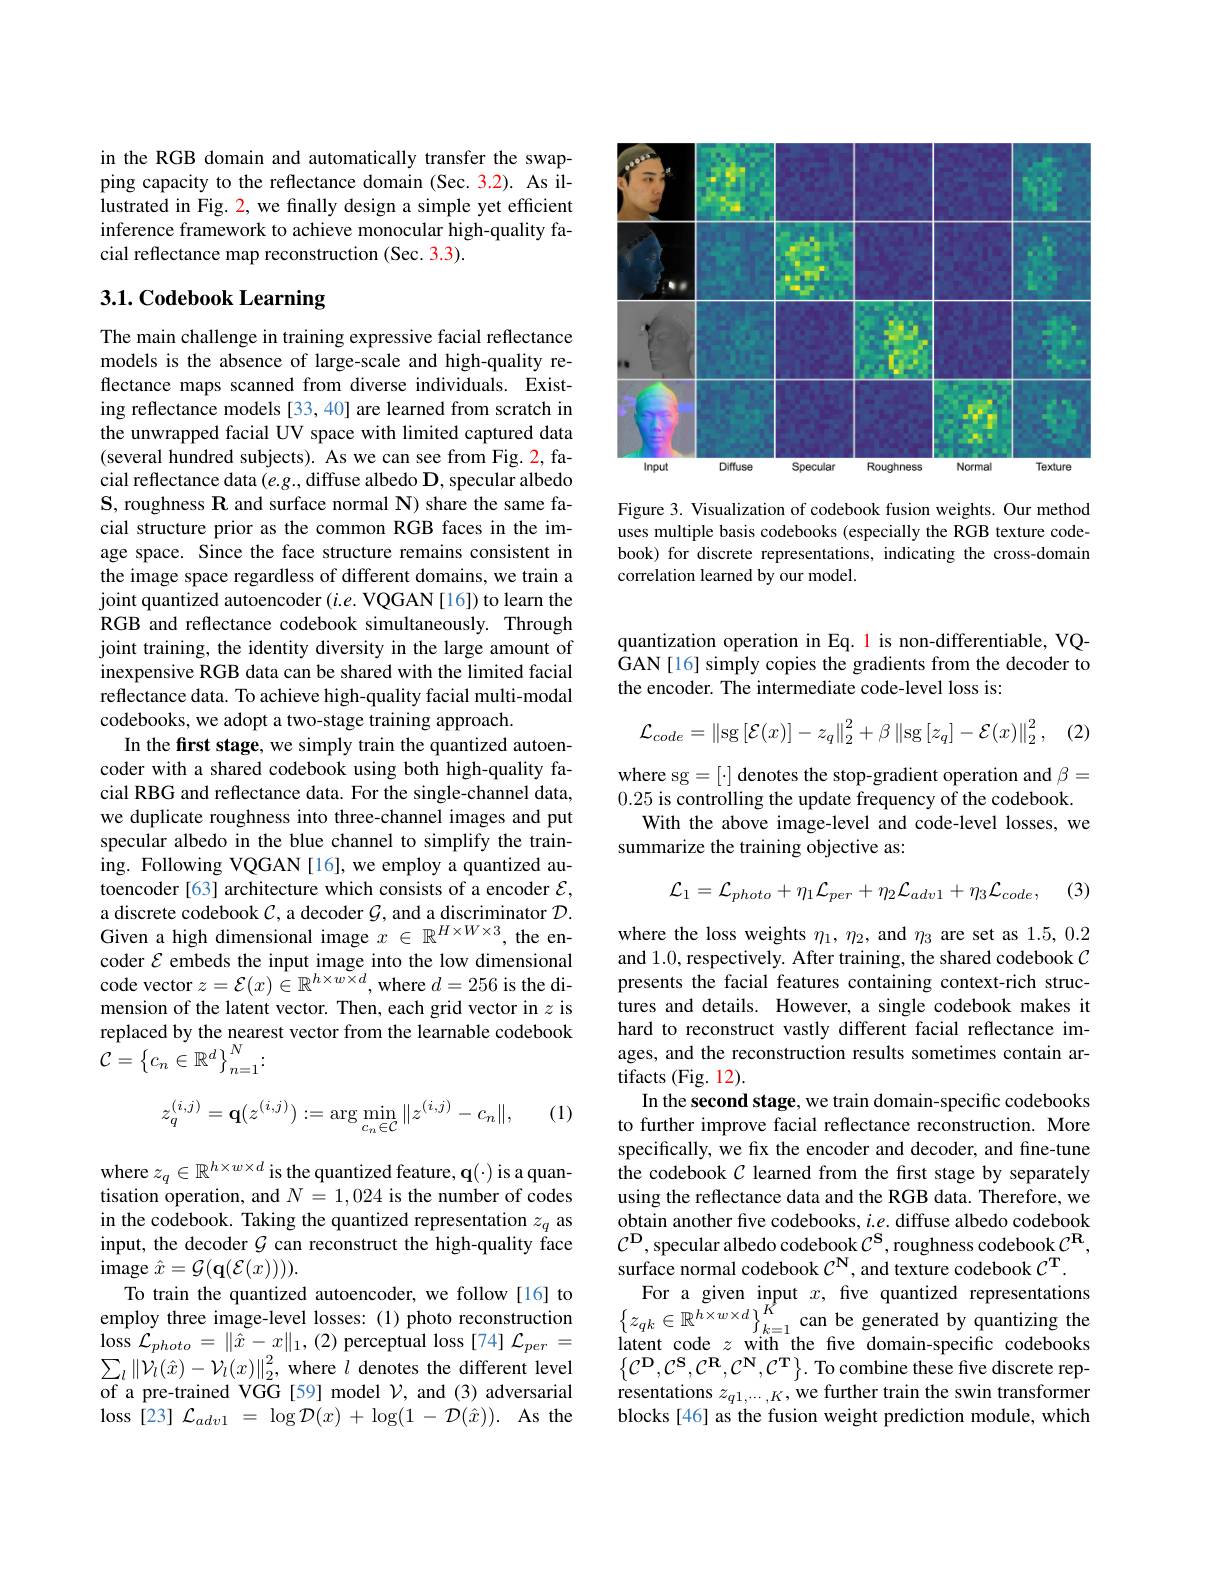
in the RGB domain and automatically transfer the swapping capacity to the reflectance domain (Sec. 3.2). As illustrated in Fig. 2, we finally design a simple yet efficient inference framework to achieve monocular high-quality facial reflectance map reconstruction (Sec. 3.3).

# 3.1. Codebook Learning

The main challenge in training expressive facial reflectance models is the absence of large-scale and high-quality reflectance maps scanned from diverse individuals. Existing reflectance models [33,40] are learned from scratch in the unwrapped facial UV space with limited captured data (several hundred subjects). As we can see from Fig. 2, facial reflectance data $(e.g.$, diffuse albedo D, specular albedo $\mathbf{S}$, roughness R and surface normal N) share the same facial structure prior as the common RGB faces in the image space. Since the face structure remains consistent in the image space regardless of different domains, we train a joint quantized autoencoder $(i.e.$ VQGAN [16]) to learn the RGB and reflectance codebook simultaneously. Through joint training, the identity diversity in the large amount of inexpensive RGB data can be shared with the limited facial reflectance data. To achieve high-quality facial multi-modal codebooks, we adopt a two-stage training approach.
In the first stage, we simply train the quantized autoencoder with a shared codebook using both high-quality facial RBG and reflectance data. For the single-channel data, we duplicate roughness into three-channel images and put specular albedo in the blue channel to simplify the training. Following VQGAN[16], we employ a quantized autoencoder [63] architecture which consists of a encoder $\mathcal{E}$, a discrete codebook $\mathcal{C}$, a decoder $\mathcal{G}$, and a discriminator $\mathcal{D}.$ Given a high dimensional image $x\in\mathbb{R}^{H\times W\times3}$, the encoder $\mathcal{E}$ embeds the input image into the low dimensional code vector $z=\mathcal{E}(x)\in\mathbb{R}^{h\times w\times d}$, where $d=256$ is the dimension of the latent vector. Then, each grid vector in $z$ is replaced by the nearest vector from the learnable codebook ${\mathcal{C}}=\left\{c_{n}\in\mathbb{R}^{d}\right\}_{n=1}^{N}.$
$$z_q^{(i,j)}=\mathbf{q}(z^{(i,j)}):=\arg\min_{c_n\in\mathcal{C}}\|z^{(i,j)}-c_n\|,$$
(1)

where $z_q\in\mathbb{R}^{h\times w\times d}$ is the quantized feature, q(·) is a quantisation $^{\mathrm{q}}$operation, and $N=1,024$ is the number of codes in the codebook. Taking the quantized representation $z_q$ as input, the decoder $G$ can reconstruct the high-quality face ${\mathrm{image~}\hat{x} }= {\mathcal{G} }( \mathbf{q} ( {\mathcal{E} }( x) ) ) ) .$
To train the quantized autoencoder, we follow[16] to employ three image-level losses:(1) photo reconstruction $\operatorname* { loss}$ ${\mathcal{L} }_{photo}= \| \hat{x} - x\| _{1}, ( 2)$ perceptual loss[74] ${\mathcal{L} }_{per}=$ $\sum_{l}\|\dot{\mathcal{V}}_{l}(\hat{x})-\mathcal{V}_{l}(x)\|_{2}^{2}$, where $l$ denotes the different level of a pre-trained VGG [59] model $\mathcal{V}$, and (3) adversarial $\operatorname { loss} \left [ 23\right ] \mathcal{L} _{adv1}$ = $\log \mathcal{D} ( x)$ + $\log ( 1$ - $\mathcal{D} ( \hat{x} ) ) .$ As the

<FigureHere>

Figure 3. Visualization of codebook fusion weights. Our method uses multiple basis codebooks (especially the RGB texture codebook) for discrete representations, indicating the cross-domain correlation learned by our model.

quantization operation in Eq. 1 is non-differentiable, VQGAN[16] simply copies the gradients from the decoder to the encoder. The intermediate code-level loss is:
$$\mathcal{L}_{code}=\left\|\mathrm{sg}\left[\mathcal{E}(x)\right]-z_{q}\right\|_{2}^{2}+\beta\left\|\mathrm{sg}\left[z_{q}\right]-\mathcal{E}(x)\right\|_{2}^{2},$$
(2)

where sg $=[\cdot]$ denotes the stop-gradient operation and $\beta=$
0.25 is controlling the update frequency of the codebook.
With the above image-level and code-level losses, we
summarize the training objective as:
$$\mathcal{L}_{1}=\mathcal{L}_{photo}+\eta_{1}\mathcal{L}_{per}+\eta_{2}\mathcal{L}_{adv1}+\eta_{3}\mathcal{L}_{code},$$
(3)

where the loss weights $\eta_1,\eta_2$, and $\eta_3$ are set as 1.5, 0.2 and 1.0, respectively. After training, the shared codebook $\mathcal{C}$ presents the facial features containing context-rich structures and details. However, a single codebook makes it hard to reconstruct vastly different facial reflectance images, and the reconstruction results sometimes contain artifacts (Fig. 12)
In the second stage, we train domain-specific codebooks to further improve facial reflectance reconstruction. More specifically, we fix the encoder and decoder, and fine-tune the codebook $C$ learned from the first stage by separately using the reflectance data and the RGB data. Therefore, we obtain another five codebooks, $i.e.$ diffuse albedo codebook $\mathcal{C}^{\mathrm{D}}$,specular albedo codebook $\mathcal{C}^\mathrm{S}$, roughness codebook $\mathcal{C}^\mathrm{R}$, surface normal codebook $\mathcal{C}^\mathbf{N}$, and texture codebook $\mathcal{C}^\mathbf{T}.$
For a given input $x$, fve quantized representations $\left\{z_{qk}\in\mathbb{R}^{h\times w\times d}\right\}_{k=1}^{R^{l}}$can be generated by quantizing the latent code $z$ with the five domain-specific codebooks $\{\mathcal{C}^{\mathrm{D}},\mathcal{C}^{\mathrm{S}},\mathcal{C}^{\mathrm{R}},\mathcal{C}^{\mathrm{N}},\mathcal{C}^{\mathrm{T}}\}.$ To combine these five discrete representations $z_q1,\cdots,K$,we further train the swin transformer blocks[46] as the fusion weight prediction module, which